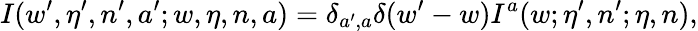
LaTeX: I(w^{\prime},\eta^{\prime},n^{\prime},a^{\prime};w,\eta,n,a)=\delta_{a^{\prime},a}\delta(w^{\prime}-w)I^{a}(w;\eta^{\prime},n^{\prime};\eta,n),